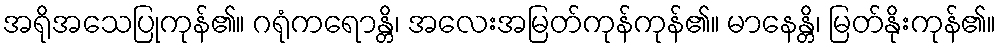
အရိုအသေပြုကုန်၏။ ဂရုံကရောန္တိ၊ အလေးအမြတ်ကုန်ကုန်၏။ မာနေန္တိ၊ မြတ်နိုးကုန်၏။